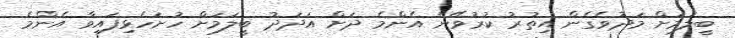
ބީލަމަށް މަދުވެގެން އިތުރު ކުރުވޭނެ އެންމެ ދަށް އަދަދު ބީލަމަށް ހުށަހެޅިފައިވާ އެންމެ